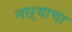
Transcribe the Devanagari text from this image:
नाऱ्याचा